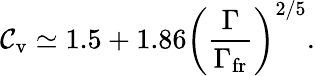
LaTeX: \mathcal{C}_{\mathrm{{v}}}\simeq1.5+1.86\left(\frac{{\Gamma}}{{\Gamma_{\mathrm{{fr}}}}}\right)^{2/5}.